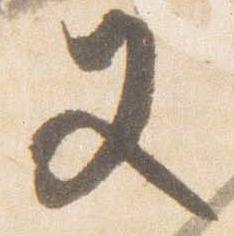
又